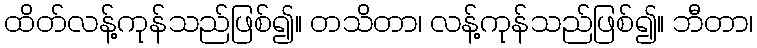
ထိတ်လန့်ကုန်သည်ဖြစ်၍။ တသိတာ၊ လန့်ကုန်သည်ဖြစ်၍။ ဘီတာ၊